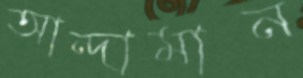
আন্দামান